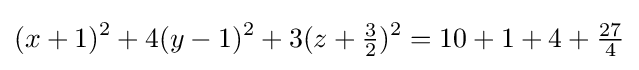
(x+1)^{2}+4(y-1)^{2}+3(z+{\tfrac {3}{2}})^{2}=10+1+4+{\tfrac {27}{4}}